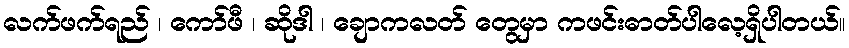
လက်ဖက်ရည် ၊ ကော်ဖီ ၊ ဆိုဒါ ၊ ချောကလတ် တွေမှာ ကဖင်းဓာတ်ပါလေ့ရှိပါတယ်။